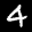
Label: 4